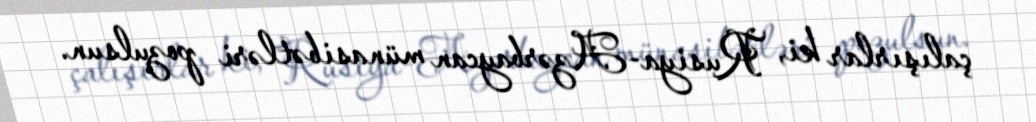
çalışırlar ki, Rusiya-Azərbaycan münasibətləri pozulsun.